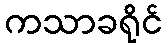
ကသာခရိုင်